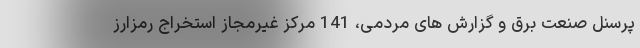
پرسنل صنعت برق و گزارش های مردمی، 141 مرکز غیرمجاز استخراج رمزارز